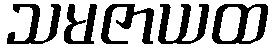
သမဇာယထ